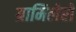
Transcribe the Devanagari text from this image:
ग्रामिलेरो